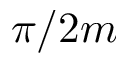
\pi / 2 m